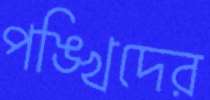
পঙ্খিদের